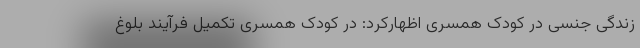
زندگی جنسی در کودک همسری اظهارکرد: در کودک همسری تکمیل فرآیند بلوغ